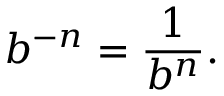
b ^ { - n } = { \frac { 1 } { b ^ { n } } } .